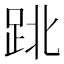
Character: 𨀈